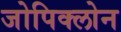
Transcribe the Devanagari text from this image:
जोपिक्लोन